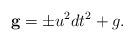
LaTeX: \begin{align*}\mathbf{g} = \pm u^2 dt^2 + g.\end{align*}